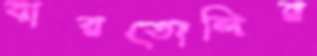
বারতোলির